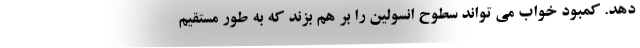
دهد. کمبود خواب می تواند سطوح انسولین را بر هم بزند که به طور مستقیم